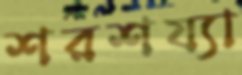
শরশয্যা